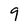
Character: 9